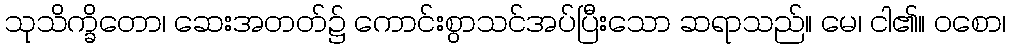
သုသိက္ခိတော၊ ဆေးအတတ်၌ ကောင်းစွာသင်အပ်ပြီးသော ဆရာသည်။ မေ၊ ငါ၏။ ဝစော၊